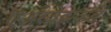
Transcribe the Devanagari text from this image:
एअरवेझकडे